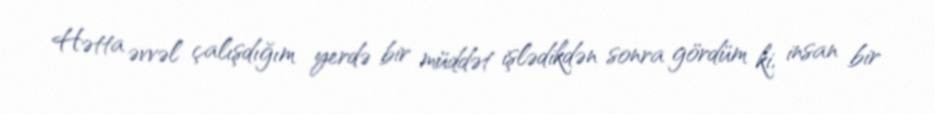
Hətta əvvəl çalışdığım yerdə bir müddət işlədikdən sonra gördüm ki, insan bir